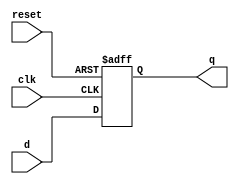
`timescale 1ns / 1ps
//////////////////////////////////////////////////////////////////////////////////
// Company: 
// Engineer: 
// 
// Design Name: 
// Module Name: d_flip_flop
// Project Name: 
// Target Devices: 
// Tool Versions: 
// Description: 
// 
// Dependencies: 
// 
// Revision:
// Revision 0.01 - File Created
// Additional Comments:
// 
//////////////////////////////////////////////////////////////////////////////////


module d_flip_flop (
    input wire clk,
    input wire reset,
    input wire d,
    output reg q
);
    always @(posedge clk or posedge reset) begin
        if (reset)
            q <= 1'b0;
        else
            q <= d;
    end
endmodule